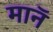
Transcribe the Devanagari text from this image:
मानॅ